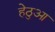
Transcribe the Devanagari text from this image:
हेठुआ